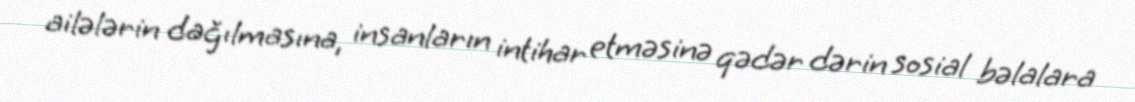
ailələrin dağılmasına, insanların intihar etməsinə qədər dərin sosial bəlalara